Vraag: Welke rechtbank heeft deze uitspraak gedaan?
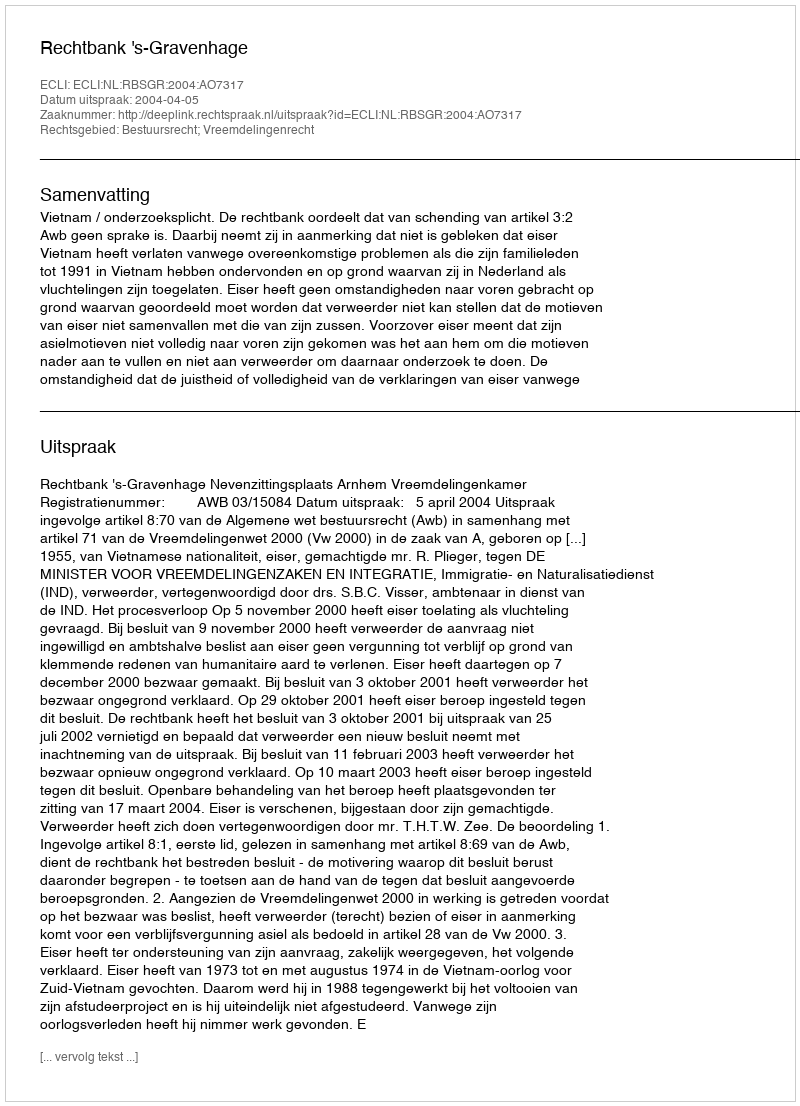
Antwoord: Rechtbank 's-Gravenhage